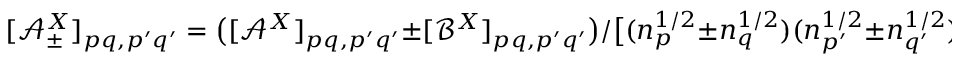
[ \mathcal { A } _ { \pm } ^ { X } ] _ { p q , p ^ { \prime } q ^ { \prime } } = \big ( [ \mathcal { A } ^ { X } ] _ { p q , p ^ { \prime } q ^ { \prime } } \pm [ \mathcal { B } ^ { X } ] _ { p q , p ^ { \prime } q ^ { \prime } } \big ) / \big [ ( n _ { p } ^ { 1 / 2 } \pm n _ { q } ^ { 1 / 2 } ) ( n _ { p ^ { \prime } } ^ { 1 / 2 } \pm n _ { q ^ { \prime } } ^ { 1 / 2 } ) \big ]